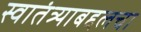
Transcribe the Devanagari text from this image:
स्वातंत्र्याबद्दलचा